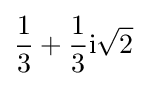
{\frac {1}{3}}+{\frac {1}{3}}\mathrm {i} {\sqrt {2}}